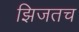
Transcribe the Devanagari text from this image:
झिजतच